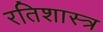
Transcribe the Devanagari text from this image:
रतिशास्त्र